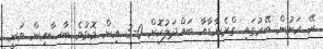
ރޭ ރަށުން ބޭރުގައި ގްރެނާޑާއާ ބައްދަލުކޮށް 0-3 އިން މޮޅުވެ ބާސާއިން ވަނީ